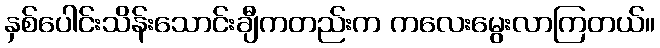
နှစ်ပေါင်းသိန်းသောင်းချီကတည်းက ကလေးမွေးလာကြတယ်။